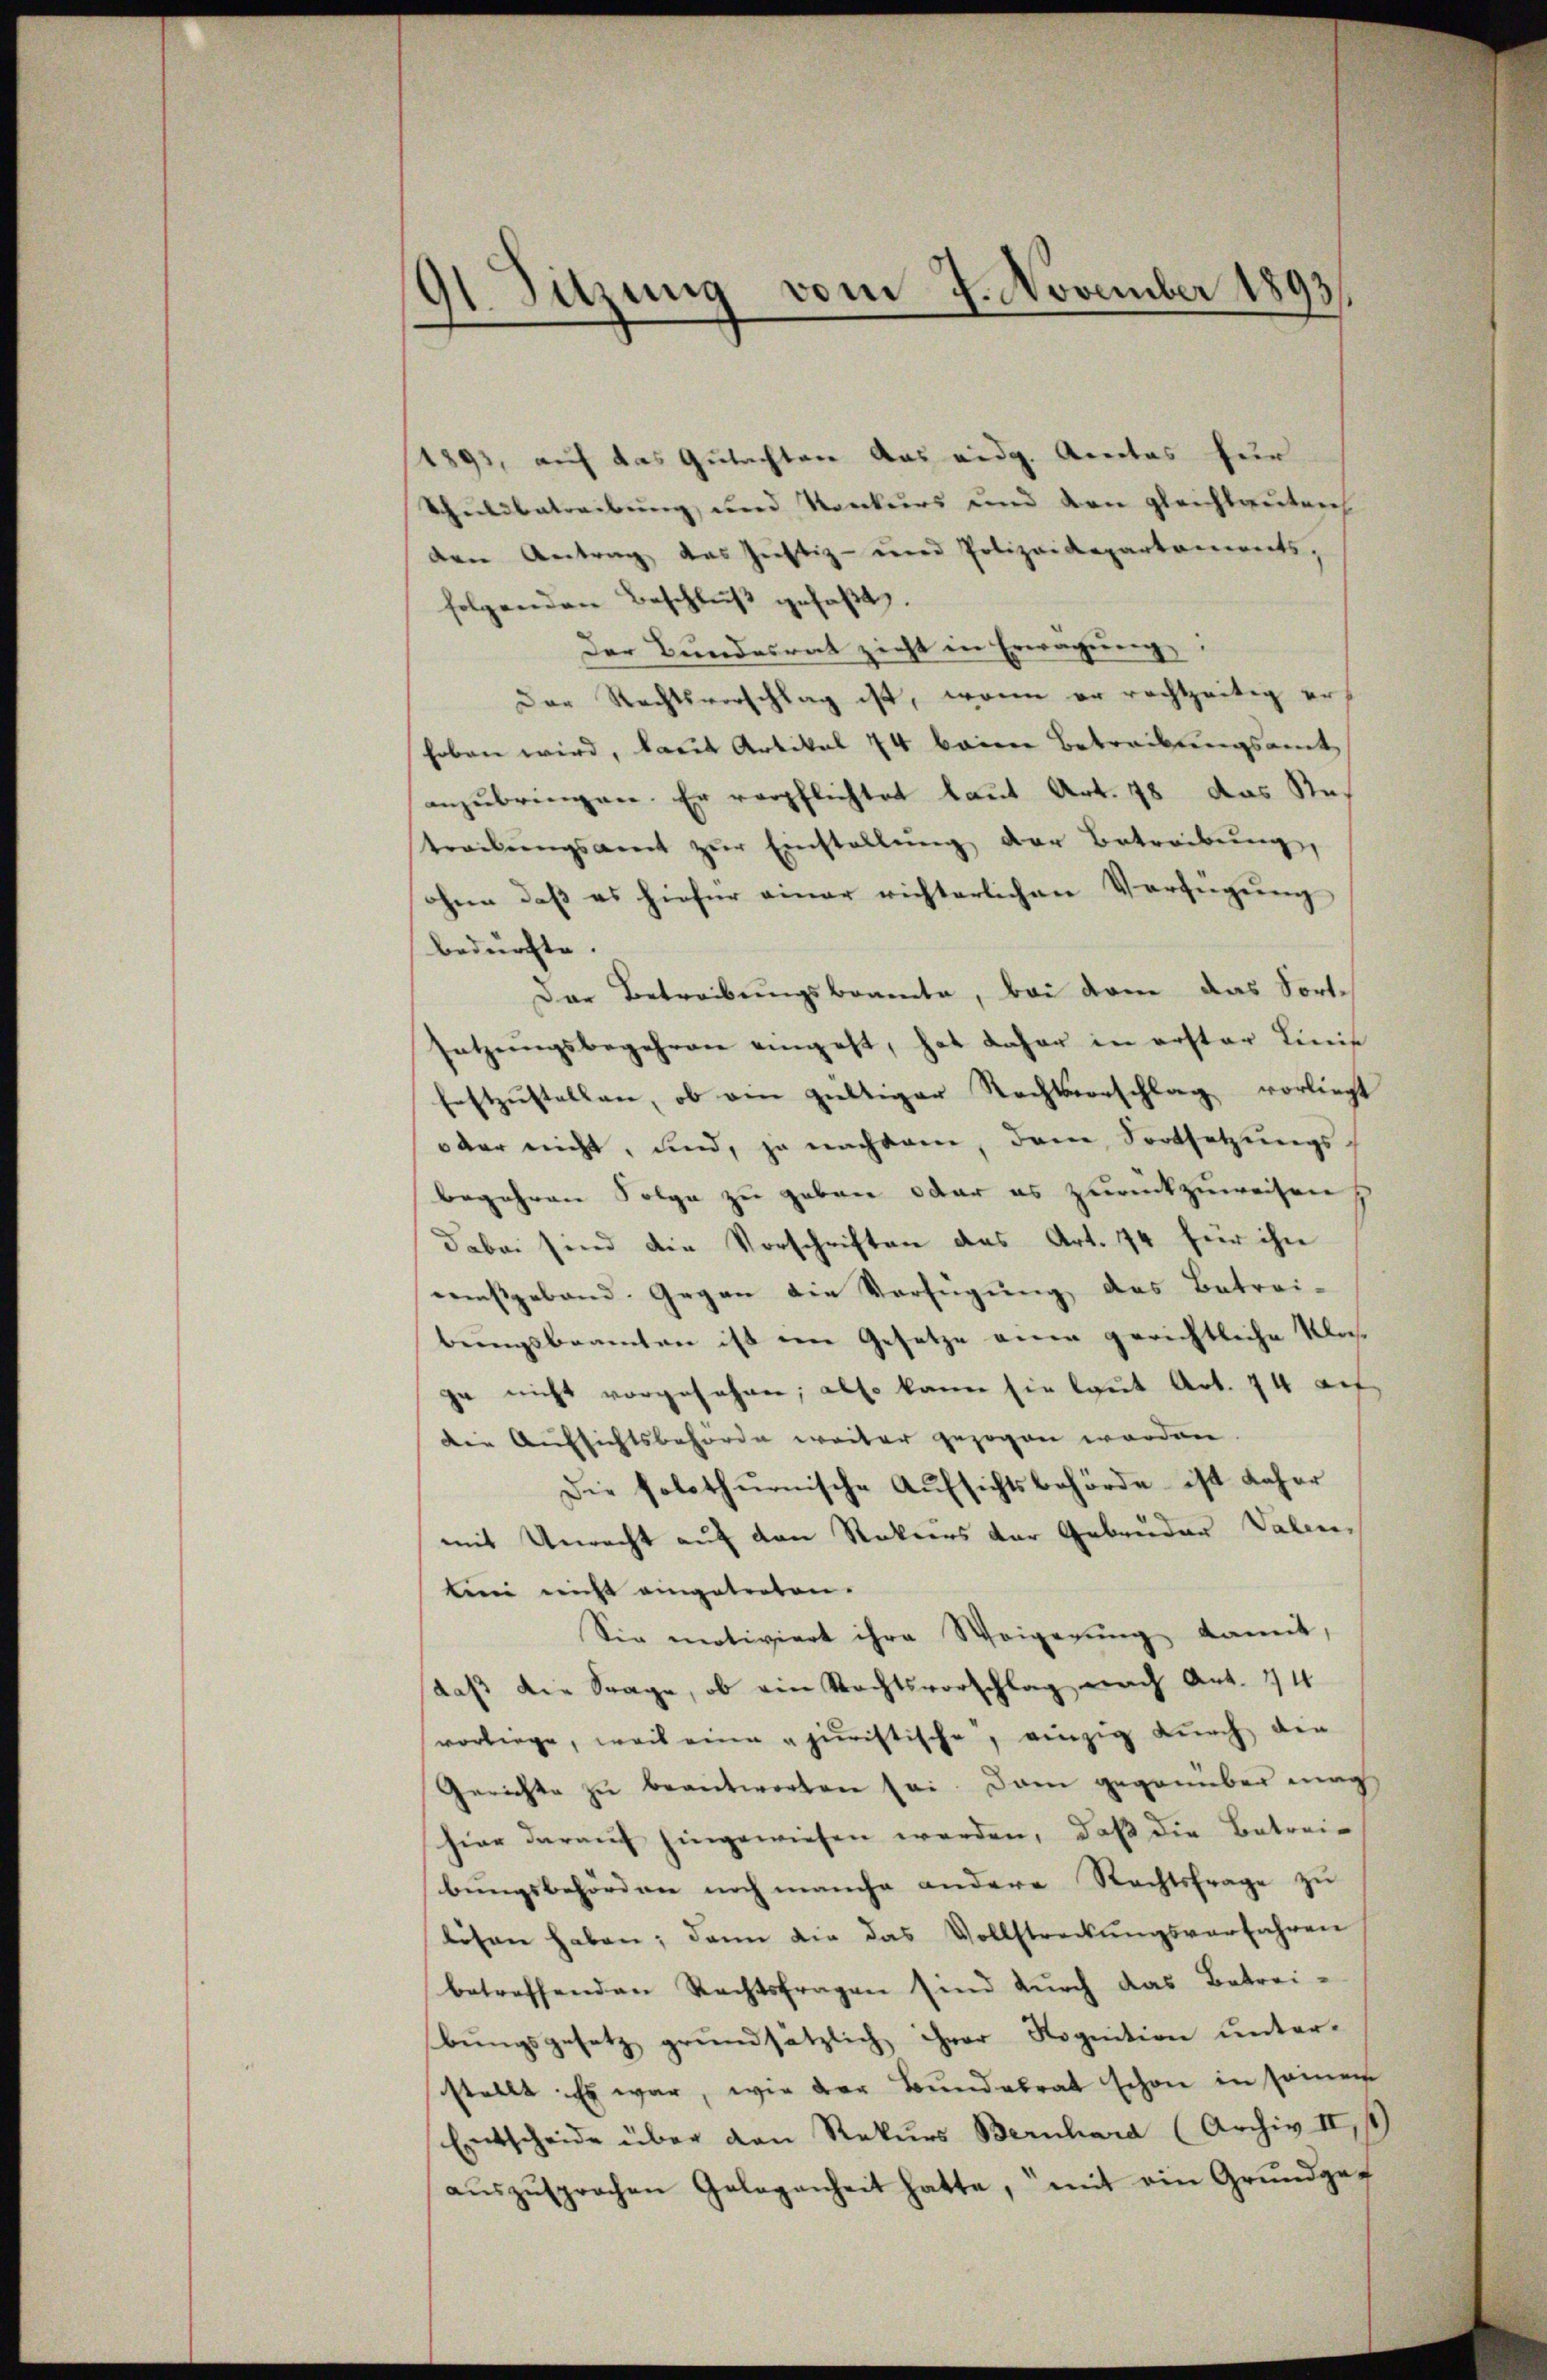
91. Sitzung vom 7. November 1893/

1893, auf das Gutachten das eidg. Amtes für
Schuldbetreibung, und Konkurs und von gleichbauten
den Antrag das Justiz- und Polizeidepartements,
folgenden Beschluß gefaßt.
Der Bundesrat zieht in Erwägung,
Der Rechtsvorschlag ist, wenn er rechtzeitig er
hoben wird, laut Artikel 74 beim Betreibungsamt
anzubringen. Er verpflichtet laut Art. 78 das Res
treibŭngsamt zŭr Einstellŭng der Betreibŭng
ohne daß es hiefür einer richterlichen Verfügŭng
bedürfte.
Der Betreibungsbeamte, bei dem das Fortsetzungsbegehren eingeht, hat daher in erster Linis
festzŭstellen, ob ein gültiger Rechtsvorschlag vorliegt
oder nicht, und, ja nachdem, dem Fortsetzungsbegehren Folge zu geben oder es zurückzuweisen
Dabei sind die Vorschriften des Art. 174 für ihne
mnstgeband. Gegen die Verfügung des Betrei-
bringsbeamten ist im Gesetze eine gerichtliche Klasge nicht vorgesehen, also kann sie laut Art. 74 auf
die Aufsichtsbehörde weiter gezogen worden.
Die solothurnische Aŭfsichtsbehörde ist daher
mit Unrecht auf den Rekurs der Gebrüder Valen,
tini nicht eingetreten.
Sie motiviert ihre Weigerung damit,
daβ die Frage, ob ein Rechtsvorschlag nach Art. 44
vorliege, weil eine „juristische, einzig durch die
Gerichte zŭ beantworten sei. Dann gegenüber mac
hier darauf hingewiesen werden, daß die Betreibungsbehörden noch manche andere Rechtsfrage zu
lösen haben; dann die das Vollstreckŭngsverfahren
betreffenden Rechtsfragen sind durch das Betreibungsgesetz grundsätzlich ihrer Rognition unter-
stellt Es war, wie der Bundabrat schon in seinem
Entscheide über den Rekurs Bernhard (Archiv II, 1
aŭszŭsprochen Gelegenheit hatte, mit ein Grundge-